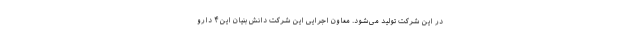
در این شرکت تولید می‌شود. معاون اجرایی این شرکت دانش بنیان این ۴ دارو